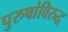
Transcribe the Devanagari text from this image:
पुरुषांविरुद्ध